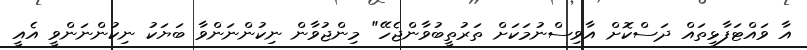
އާ ވައްޓަފާޅިތައް ދަސްކޮށް އާވިސްނުމަކަށް ތަރުތީބުވާންޖެހޭ" މިންޖުވާން ނިކުންނަންވާ ބަޔަކު ނިކުންނަންވީ އެއީ